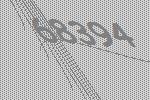
68394